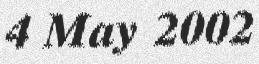
4 May 2002